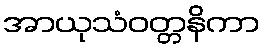
အာယုသံဝတ္တနိကာ